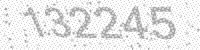
Solution: 132245